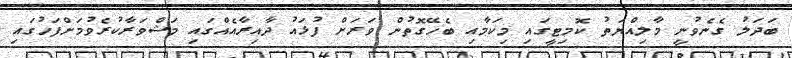
ބަދަލު ގެނެވުނީ މާލިއްޔަތު ކޮމިޓީގައި މިކަމާއި ބެހޭގޮތުން ވަރަށް ފުޅައު ދާއިރާއެއްގައި މަޝްވަރާކުރެވުމަށްފަހުގައި